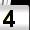
Digit: 4